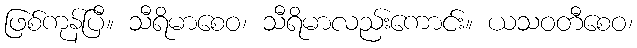
ဖြစ်ကုန်ပြီ။ သီရိမာစေဝ၊ သီရိမာလည်းကောင်း။ ယသဝတီစေဝ၊